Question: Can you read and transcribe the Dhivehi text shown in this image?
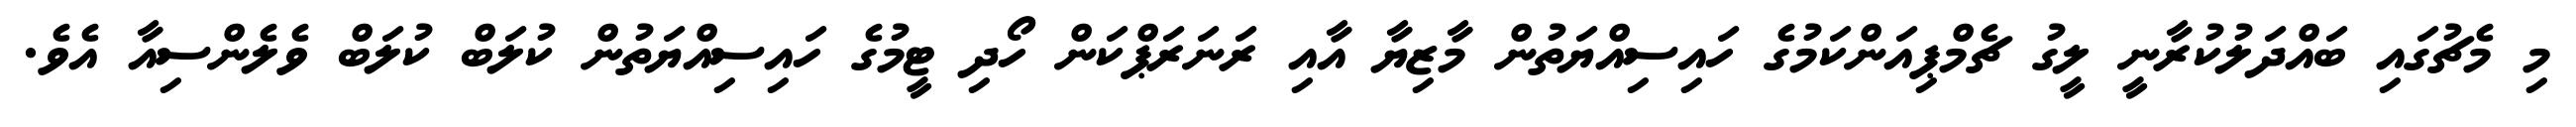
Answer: މި މެޗުގައި ބައްދަލުކުރާނީ ލީގު ޗެމްޕިއަންކަމުގެ ހައިސިއްޔަތުން މާޒިޔާ އާއި ރަނަރަޕްކަން ހޯދި ޓީމުގެ ހައިސިއްޔަތުން ކުލަބް ކުލަބް ވެލެންސިއާ އެވެ.